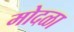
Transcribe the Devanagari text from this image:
मोदळा